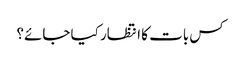
کس بات کا انتظار کیا جائے؟